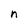
Character: n